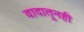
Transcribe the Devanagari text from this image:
वादातूनही